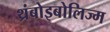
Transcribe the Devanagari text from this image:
थ्रंबोइबोलिज्म